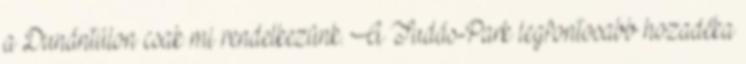
a Dunántúlon csak mi rendelkezünk. A Tudás-Park legfontosabb hozadéka